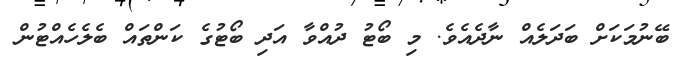
ބޭނުމަކަށް ބަދަލެއް ނާދެއެވެ. މި ބޯޓު ދުއްވާ އަދި ބޯޓުގެ ކަންތައް ބެލެހެއްޓުން